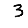
Digit: 3